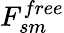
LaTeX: F_{sm}^{free}